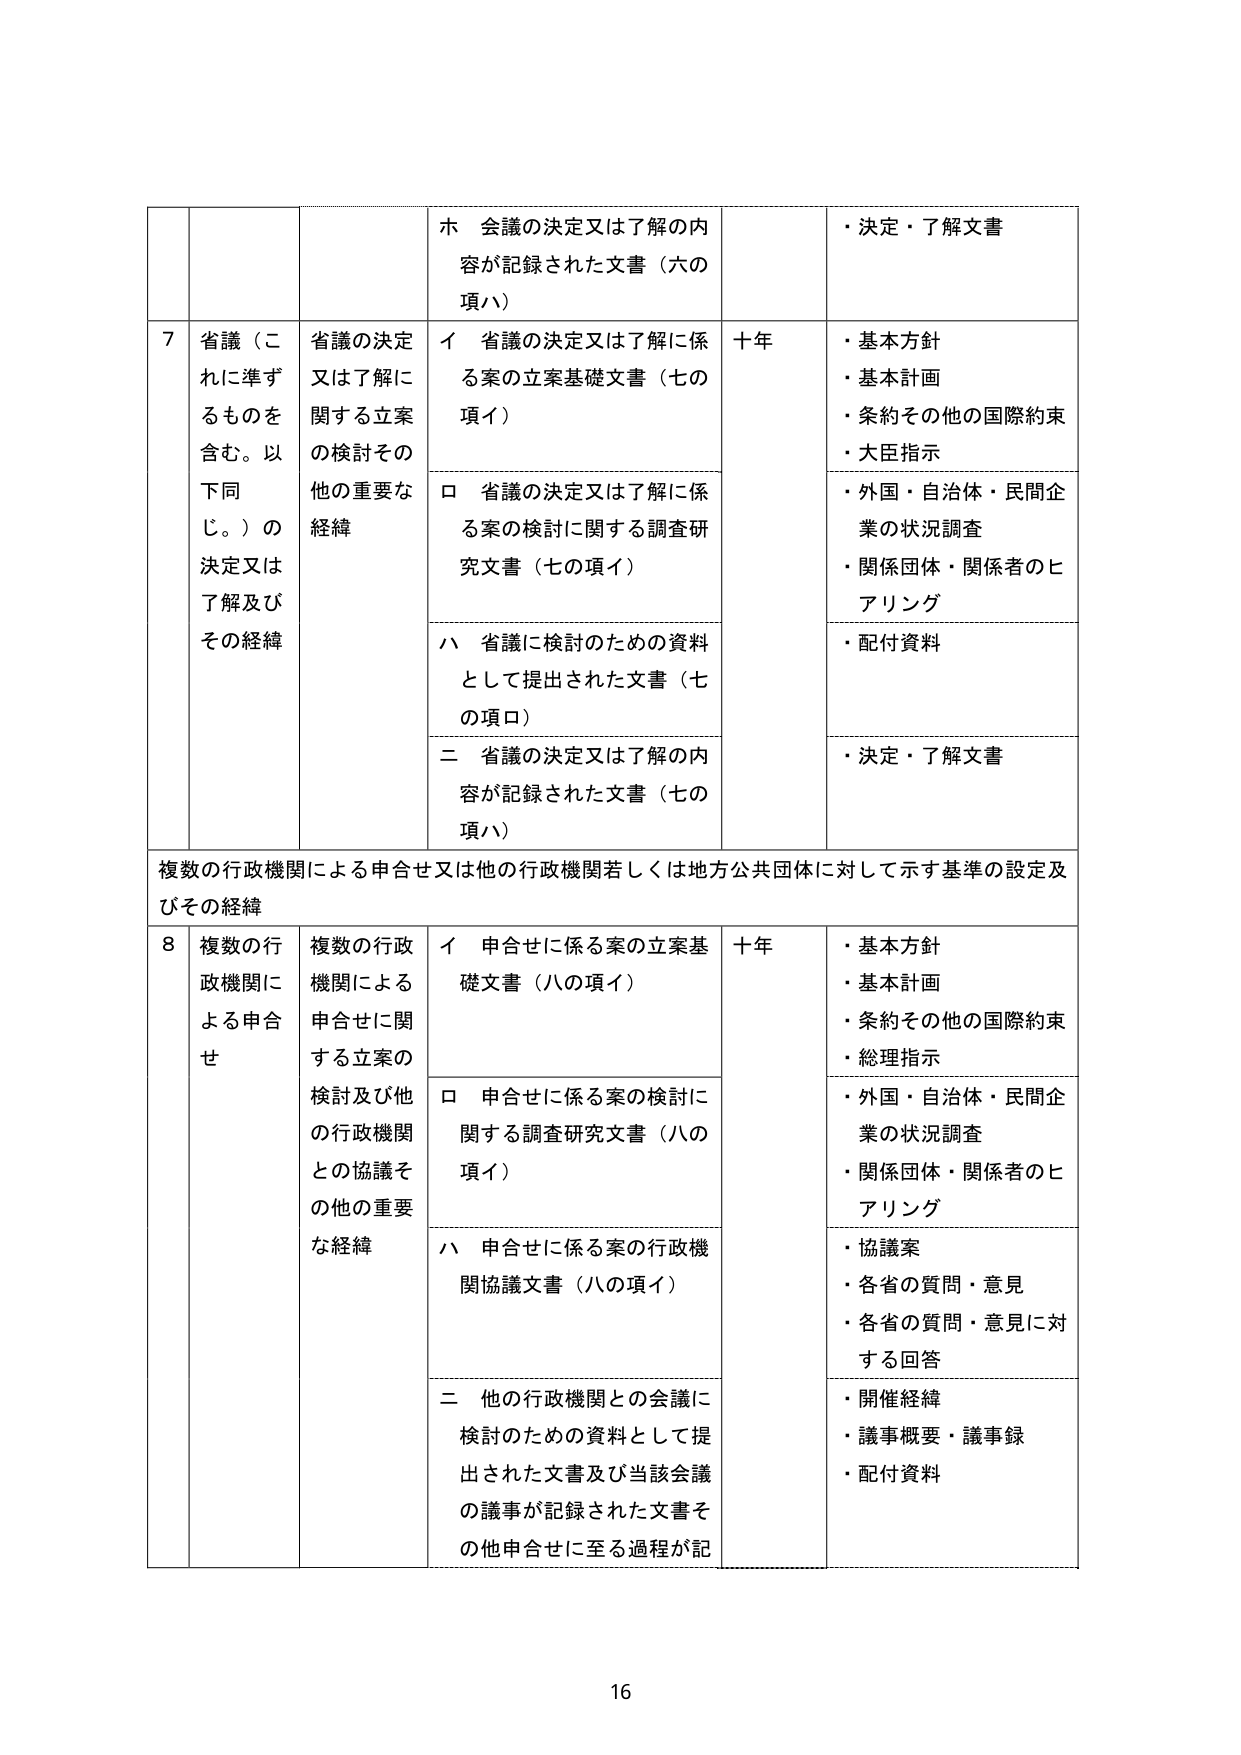
7 省議（これに準ずるものを含む。以下同じ。）の決定又は了解及びその経緯
省議の決定又は了解に関する立案の検討その他の重要な経緯
ホ 会議の決定又は了解の内容が記録された文書（六の項ハ）
・決定・了解文書
イ 省議の決定又は了解に係る案の立案基礎文書（七の項イ）
十年
・基本方針
・基本計画
・条約その他の国際約束
・大臣指示
ロ 省議の決定又は了解に係る案の検討に関する調査研究文書（七の項イ）
・外国・自治体・民間企業の状況調査
・関係団体・関係者のヒアリング
ハ 省議に検討のための資料として提出された文書（七の項ロ）
・配付資料
二 省議の決定又は了解の内容が記録された文書（七の項ハ）
・決定・了解文書

複数の行政機関による申合せ又は他の行政機関若しくは地方公共団体に対して示す基準の設定及びその経緯

8 複数の行政機関による申合せ
複数の行政機関による申合せに関する立案の検討及び他の行政機関との協議その他の重要な経緯
イ 申合せに係る案の立案基礎文書（八の項イ）
十年
・基本方針
・基本計画
・条約その他の国際約束
・総理指示
ロ 申合せに係る案の検討に関する調査研究文書（八の項イ）
・外国・自治体・民間企業の状況調査
・関係団体・関係者のヒアリング
ハ 申合せに係る案の行政機関協議文書（八の項イ）
・協議案
・各省の質問・意見
・各省の質問・意見に対する回答
二 他の行政機関との会議に検討のための資料として提出された文書及び当該会議の議事が記録された文書その他申合せに至る過程が記
・開催経緯
・議事概要・議事録
・配付資料

16